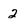
Character: 2